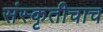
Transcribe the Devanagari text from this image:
संस्कृतीचाच